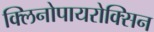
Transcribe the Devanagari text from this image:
क्लिनोपायरोक्सिन